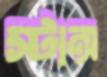
স্টান্স